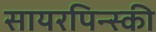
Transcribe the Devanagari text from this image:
सायरपिन्स्की